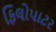
ફિલોપાટર